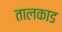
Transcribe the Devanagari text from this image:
तालकाड